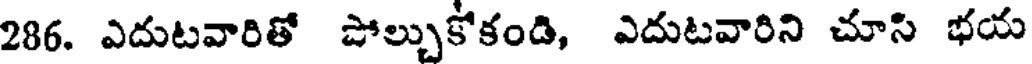
286. ఎదుటవారితో పోల్చుకోకండి, ఎదుటవారిని చూసి భయ